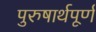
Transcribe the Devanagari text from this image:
पुरुषार्थपूर्ण